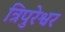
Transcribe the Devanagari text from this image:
त्रिपुरेश्वर